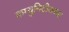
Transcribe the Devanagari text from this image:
कम्युनिटीजच्या